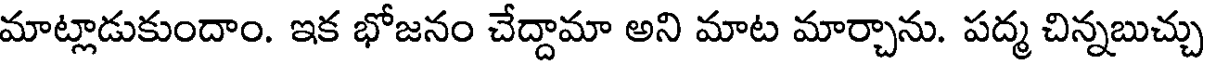
మాట్లాడుకుందాం. ఇక భోజనం చేద్దామా అని మాట మార్చాను. పద్మ చిన్నబుచ్చు